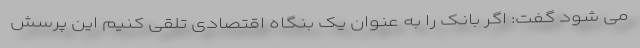
می شود گفت: اگر بانک را به عنوان یک بنگاه اقتصادی تلقی کنیم این پرسش